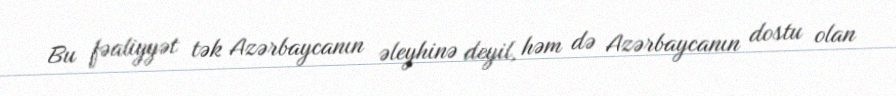
Bu fəaliyyət tək Azərbaycanın əleyhinə deyil, həm də Azərbaycanın dostu olan